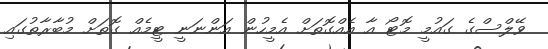
ވޭލްސްގެ ގައުމީ މޮޓޯ އާ އެއްގޮތަށް އެމީހުން އަންނަނީ ޓީމެއް ގޮތަށް މުބާރާތުގައި